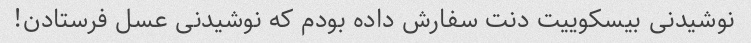
نوشیدنی بیسکوییت دنت سفارش داده بودم که نوشیدنی عسل فرستادن!